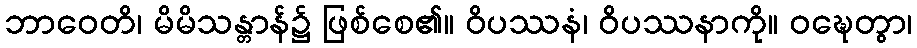
ဘာဝေတိ၊ မိမိသန္တာန်၌ ဖြစ်စေ၏။ ဝိပဿနံ၊ ဝိပဿနာကို။ ဝဍ္ဎေတွာ၊